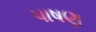
પાષણ